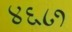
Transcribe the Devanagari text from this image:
४६८१